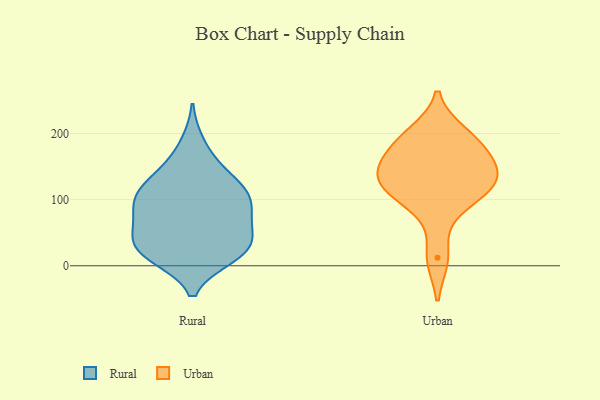
{"axis": {"x": "Website Visitors", "y": "Value"}, "legend": ["Rural", "Urban"], "data": [{"x": "", "y": 98, "type": "Rural"}, {"x": "", "y": 19, "type": "Rural"}, {"x": "", "y": 146, "type": "Rural"}, {"x": "", "y": 70, "type": "Rural"}, {"x": "", "y": 186, "type": "Rural"}, {"x": "", "y": 102, "type": "Rural"}, {"x": "", "y": 31, "type": "Rural"}, {"x": "", "y": 13, "type": "Rural"}, {"x": "", "y": 39, "type": "Rural"}, {"x": "", "y": 122, "type": "Rural"}, {"x": "", "y": 100, "type": "Rural"}, {"x": "", "y": 71, "type": "Rural"}, {"x": "", "y": 109, "type": "Rural"}, {"x": "", "y": 146, "type": "Rural"}, {"x": "", "y": 13, "type": "Rural"}, {"x": "", "y": 111, "type": "Rural"}, {"x": "", "y": 49, "type": "Rural"}, {"x": "", "y": 38, "type": "Rural"}, {"x": "", "y": 17, "type": "Rural"}, {"x": "", "y": 73, "type": "Rural"}, {"x": "", "y": 131, "type": "Urban"}, {"x": "", "y": 92, "type": "Urban"}, {"x": "", "y": 147, "type": "Urban"}, {"x": "", "y": 12, "type": "Urban"}, {"x": "", "y": 143, "type": "Urban"}, {"x": "", "y": 183, "type": "Urban"}, {"x": "", "y": 122, "type": "Urban"}, {"x": "", "y": 182, "type": "Urban"}, {"x": "", "y": 117, "type": "Urban"}, {"x": "", "y": 199, "type": "Urban"}]}